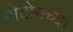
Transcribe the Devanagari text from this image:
प्रोटोनच्या